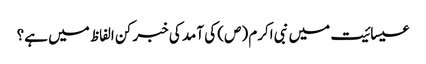
عیسائیت میں نبی اکرم (ص) کی آمد کی خبر کن الفاظ میں‌ ہے؟